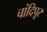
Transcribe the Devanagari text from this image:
चांदिपूर